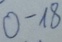
Text: 0-18